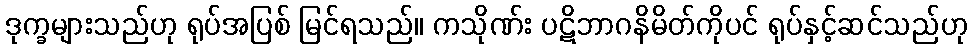
ဒုက္ခများသည်ဟု ရုပ်အပြစ် မြင်ရသည်။ ကသိုဏ်း ပဋိဘာဂနိမိတ်ကိုပင် ရုပ်နှင့်ဆင်သည်ဟု